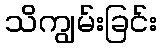
သိကျွမ်းခြင်း